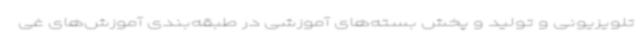
تلویزیونی و تولید و پخش بسته‌های آموزشی در طبقه‌بندی آموزش‌های غی